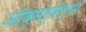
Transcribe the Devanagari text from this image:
ऑब्सर्वेशन